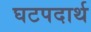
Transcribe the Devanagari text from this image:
घटपदार्थ